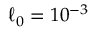
\ell _ { 0 } = 1 0 ^ { - 3 }